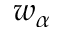
w _ { \alpha }